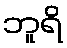
ဘူရိ